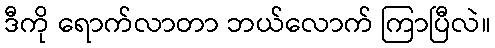
ဒီကို ရောက်လာတာ ဘယ်လောက် ကြာပြီလဲ။